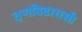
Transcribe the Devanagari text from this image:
तृणबिढारासी